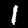
Digit: 1